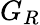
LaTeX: G_{R}